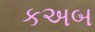
કઅબ